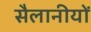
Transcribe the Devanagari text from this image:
सैलानीयों